Report on the administration of the Government Cinchona Department 1892-98
Year: 1892
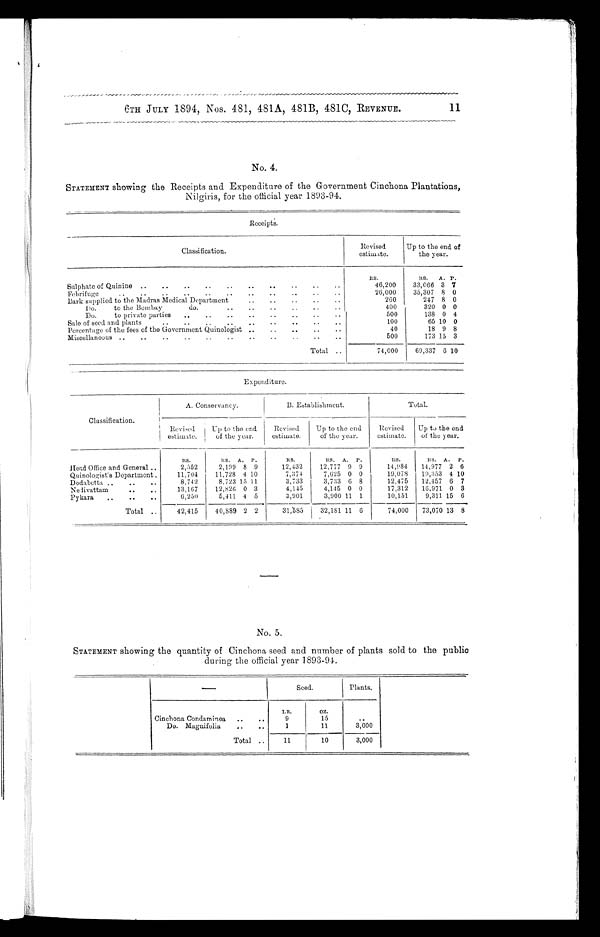
6TH JULY 1894, Nos. 481, 481A, 481B, 481C, REVENUE.
11
No. 4.
STATEMENT showing the Receipts and Expenditure of the Government Cinchona Plantations,
Nilgiris, for the official year 1893-94.
Receipts.
Classification.
Revised
estimate.
Up to the end of
the year.
RS.
RS.
A. P.
Sulphate of Quinine ..
..
..
..
..
..
..
..
. .
..
46,200
33,066 3 7
Febrifuge
..
..
..
..
..
..
. .
..
..
..
26,000
35,307 8 0
..
Bark supplied to the Madras Medical Department
..
..
..
. .
2 6 0
247 8 0
Do.
to the Bombay
do
. .
..
400
320 0 0
Do.
to private parties
..
..
..
_
..
..
..
..
500
138 0 4
• •
• •
Sale of seed and plants
..
..
..
..
..
..
100
65 10 0
Percentage of the fees of the Government Quinologist ..
..
..
..
..
40
18 9 8
Miscellaneous ..
..
..
..
..
..
..
..
• •
• •
• •
500
173 15 3
Total . .
74,000
69,337 6 10
Expenditure.
Classification.
A. Conservancy.
B. Establishment.
Total.
Revised
Up to the end
Revised
Up to the end
Revised
Up to the end
estimate.
of the year.
estimate.
of the year.
estimate.
of the year.
Rs.
ItS.
A.
P.
RS.
RS.
A.
P.
RS.
Rs.
A.
P.
Head Office and General ..
2,552
2,199 8 9
12,432
12,777 9 9
14,984
14,977 2 6
Quinologist's Department.
11,704
11,728 4 10
7,374
7,625 0 0
19,078
19,353 4 10
Dodabetta ..
..
..
8,742
8.723 15 11
3,733
3,733 6 8
12,475
12,457 6 7
Nelivattam
13,167
12,826 0 3
4,145
4,145 0 0
17,312
16,971 0 3
Pykara
..
..
..
6,250
5,411 4 5
3,901
3,900 11 1
10,151
9,311 15 6
Total ..
42,415
40,889 2 2
31,585
32,181 11 6
74,000
73,070 13 8
No. 5.
STATEMENT showing the quantity of Cinchona seed and number of plants sold to the public
during the official year 1893-91.
Seed.
Plants.
LB.
oz.
Cinchona Condaminea
..
..
9
15
..
Do. Magnifolia
..
..
1
11
3,000
Total ..
11
10
3,000